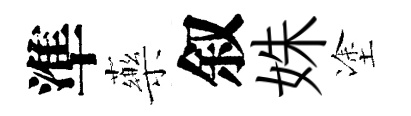
準藥叙姝塗